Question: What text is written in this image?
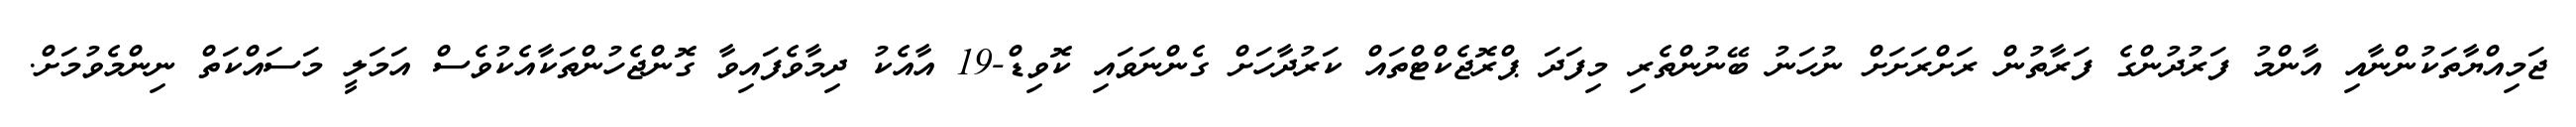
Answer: ޖަމިއްޔާތަކުންނާއި އާންމު ފަރުދުންގެ ފަރާތުން ރަށްރަށަށް ނުހަނު ބޭނުންތެރި މިފަދަ ޕްރޮޖެކްޓްތައް ކަރުދާހަށް ގެންނަވައި ކޮވިޑް-19 އާއެކު ދިމާވެފައިވާ ގޮންޖެހުންތަކާއެކުވެސް އަމަލީ މަސައްކަތް ނިންމެވުމަށް.